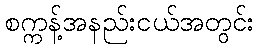
စက္ကန့်အနည်းငယ်အတွင်း